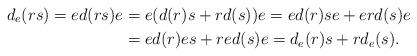
LaTeX: \begin{align*} d_e(rs)=ed(rs)e&=e(d(r)s+rd(s))e=ed(r)se+erd(s)e\\ &=ed(r)es+red(s)e=d_e(r)s+rd_e(s). \end{align*}